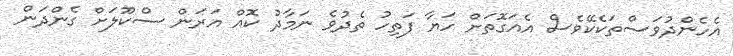
އެހެންދުވަސްތަކެކޭވެސް އެއަގޮތަށް ހަޔާ ފަތިހު ތެދުވެ ނަމާދު ކޮއް އަރަން ސްކޫލަށް ގެންދަން